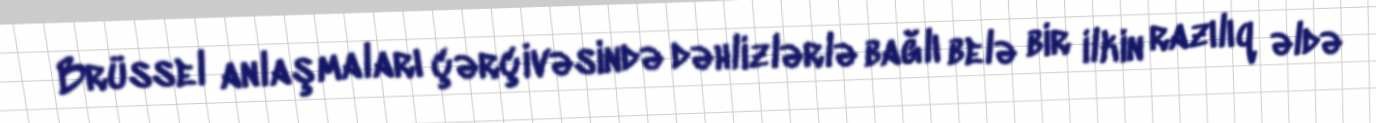
Brüssel anlaşmaları çərçivəsində dəhlizlərlə bağlı belə bir ilkin razılıq əldə